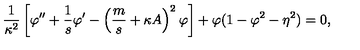
\frac { 1 } { \kappa ^ { 2 } } \left[ \varphi ^ { \prime \prime } + \frac { 1 } { s } \varphi ^ { \prime } - \left( \frac { m } { s } + \kappa A \right) ^ { 2 } \varphi \right] + \varphi ( 1 - \varphi ^ { 2 } - \eta ^ { 2 } ) = 0 ,